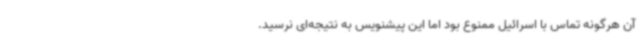
آن هرگونه تماس با اسرائیل ممنوع بود اما این پیشنویس به نتیجه‌ای نرسید.